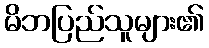
မိဘပြည်သူများ၏